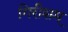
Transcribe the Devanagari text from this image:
गिरीशम्